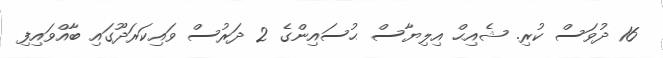
16 ދުވަސް ކުރި. ޝެއިޙް އިލިޔާސް ޙުސައިންގެ 2 ދަރުސް ވައިކަރަދޫގައި ބާއްވައިފި